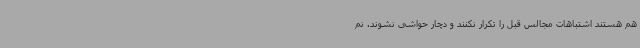
هم هستند اشتباهات مجالس قبل را تکرار نکنند و دچار حواشی نشوند. نم